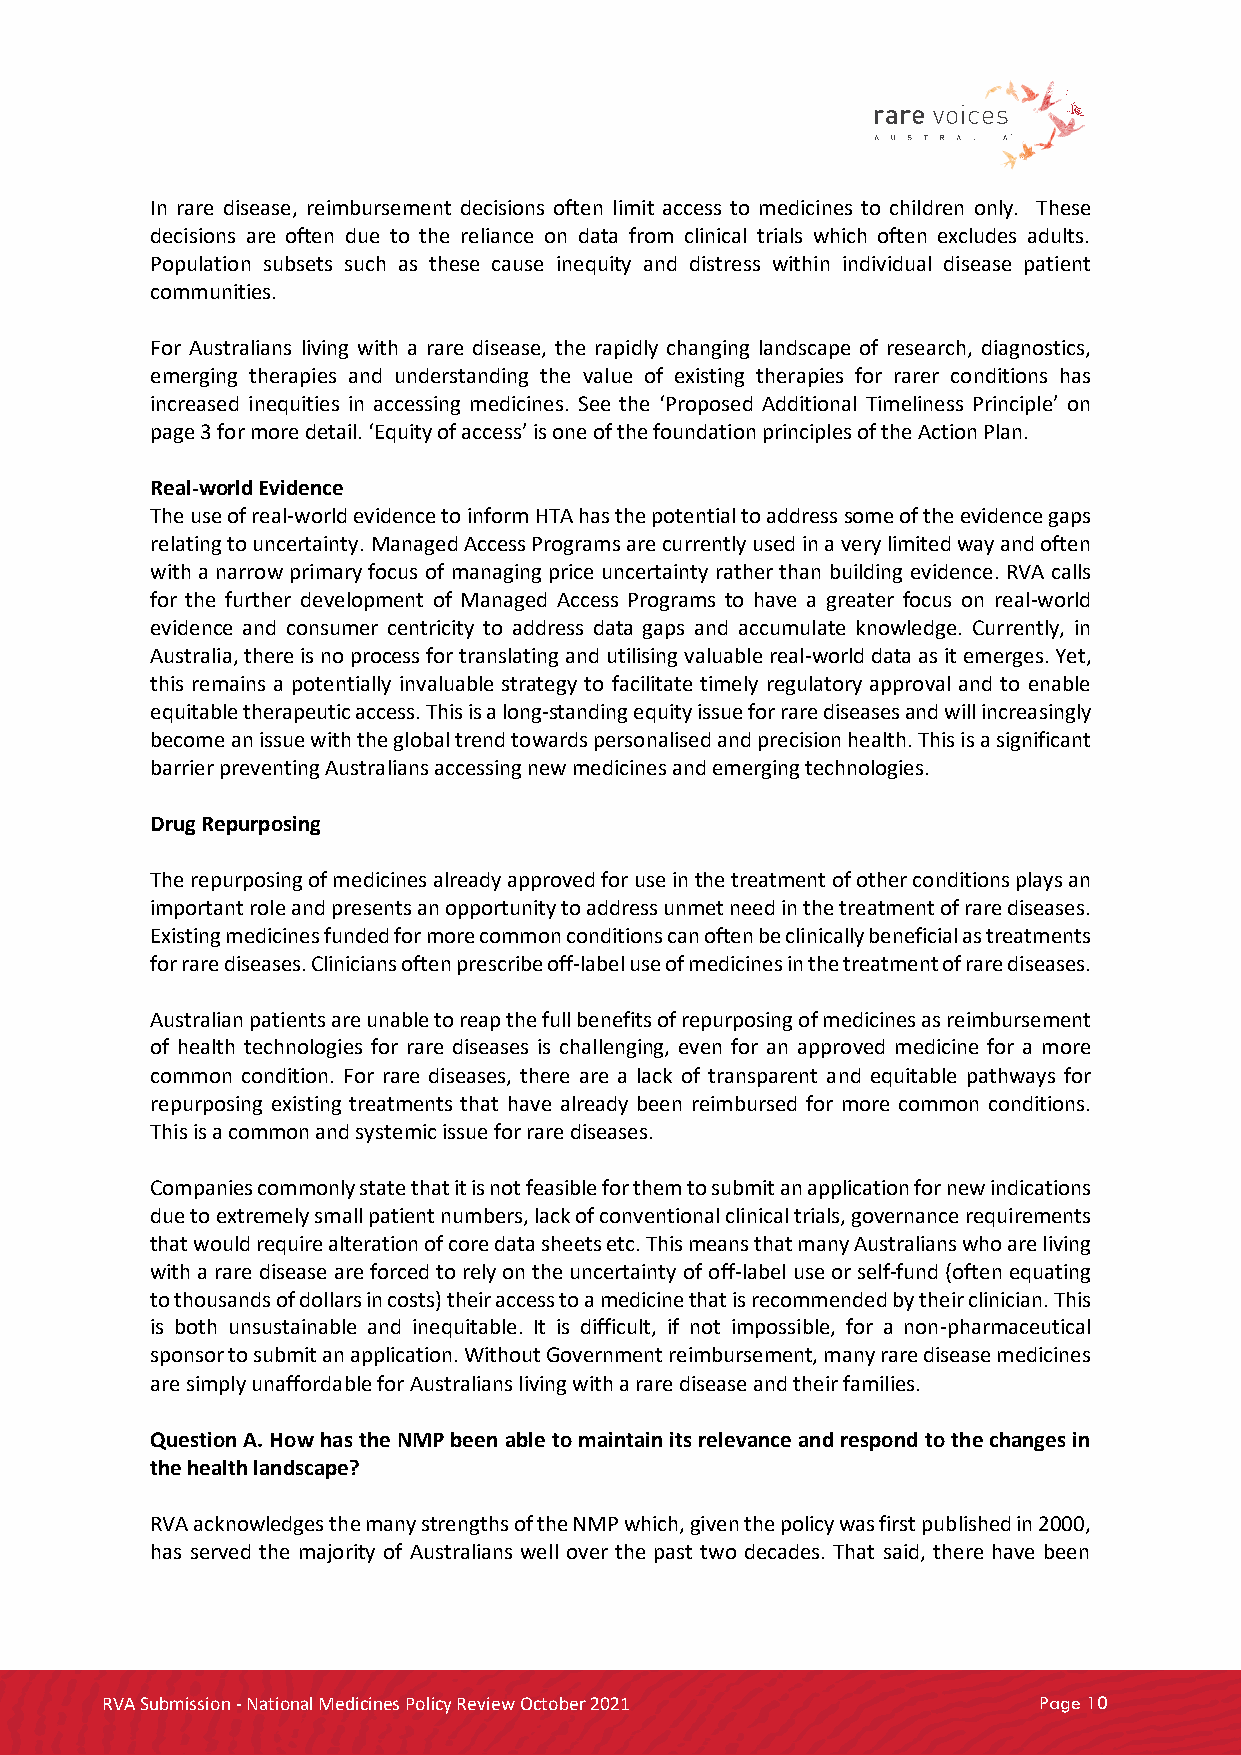
In rare disease, reimbursement decisions often limit access to medicines to children only. These
 decisions are often due to the reliance on data from clinical trials which often excludes adults.
 Population subsets such as these cause inequity and distress within individual disease patient
 communities.
 For Australians living with a rare disease, the rapidly changing landscape of research, diagnostics,
 emerging therapies and understanding the value of existing therapies for rarer conditions has
 increased inequities in accessing medicines. See the ‘Proposed Additional Timeliness Principle’ on
 page 3 for more detail. ‘Equity of access’ is one of the foundation principles of the Action Plan.
 Real-world Evidence
 The use of real-world evidence to inform HTA has the potential to address some of the evidence gaps
 relating to uncertainty. Managed Access Programs are currently used in a very limited way and often
 with a narrow primary focus of managing price uncertainty rather than building evidence. RVA calls
 for the further development of Managed Access Programs to have a greater focus on real-world
 evidence and consumer centricity to address data gaps and accumulate knowledge. Currently, in
 Australia, there is no process for translating and utilising valuable real-world data as it emerges. Yet,
 this remains a potentially invaluable strategy to facilitate timely regulatory approval and to enable
 equitable therapeutic access. This is a long-standing equity issue for rare diseases and will increasingly
 become an issue with the global trend towards personalised and precision health. This is a significant
 barrier preventing Australians accessing new medicines and emerging technologies.
 Drug Repurposing
 The repurposing of medicines already approved for use in the treatment of other conditions plays an
 important role and presents an opportunity to address unmet need in the treatment of rare diseases.
 Existing medicines funded for more common conditions can often be clinically beneficial as treatments
 for rare diseases. Clinicians often prescribe off-label use of medicines in the treatment of rare diseases.
 Australian patients are unable to reap the full benefits of repurposing of medicines as reimbursement
 of health technologies for rare diseases is challenging, even for an approved medicine for a more
 common condition. For rare diseases, there are a lack of transparent and equitable pathways for
 repurposing existing treatments that have already been reimbursed for more common conditions.
 This is a common and systemic issue for rare diseases.
 Companies commonly state that it is not feasible for them to submit an application for new indications
 due to extremely small patient numbers, lack of conventional clinical trials, governance requirements
 that would require alteration of core data sheets etc. This means that many Australians who are living
 with a rare disease are forced to rely on the uncertainty of off-label use or self-fund (often equating
 to thousands of dollars in costs) their access to a medicine that is recommended by their clinician. This
 is both unsustainable and inequitable. It is difficult, if not impossible, for a non-pharmaceutical
 sponsor to submit an application. Without Government reimbursement, many rare disease medicines
 are simply unaffordable for Australians living with a rare disease and their families.
 Question A. How has the NMP been able to maintain its relevance and respond to the changes in
 the health landscape?
 RVA acknowledges the many strengths of the NMP which, given the policy was first published in 2000,
 has served the majority of Australians well over the past two decades. That said, there have been
 RVA Submission - National Medicines Policy Review October 2021 Page 10